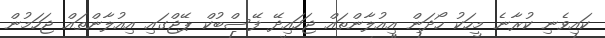
ކައިވެނި ކުރާނެ މީހަކު ހޯދަން އިއުލާންތައް ޖަހައިދޭ ފޭސްބުކް ޕޭޖްގައި އިއުލާންތައް ޖަހަމުން